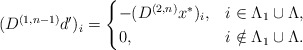
\begin{align*}(D^{(1,n-1)}d')_i=\begin{cases} -(D^{(2,n)}x^*)_i, & i\in\Lambda_1\cup\Lambda,\\ 0, & i\notin\Lambda_1\cup\Lambda.\end{cases}\end{align*}